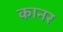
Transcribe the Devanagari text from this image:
कानर